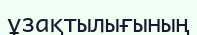
ұзақтылығының